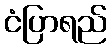
ငံပြာရည်